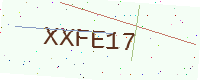
Text: XXFE17